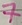
Text: 7